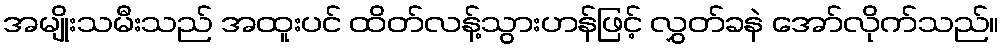
အမျိုးသမီးသည် အထူးပင် ထိတ်လန့်သွားဟန်ဖြင့် လွှတ်ခနဲ အော်လိုက်သည်။